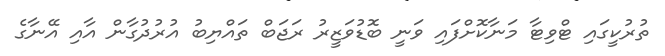
ތުރުކީގައި ޓްވިޓާ މަނާކޮށްފައި ވަނީ ބޮޑުވަޒީރު ރަޖަބް ތައްޔިބު އުރުދުގާން އާއި އޭނާގެ